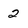
Character: 2